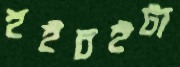
হইচইটা